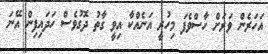
އަހަރެން ވަރަށް ހާސްވެފަ މިހުރީ އަނެއްކާ އިވީ ގާތު ދޮގުވެސް ހަދައިފިން އޭނަ